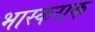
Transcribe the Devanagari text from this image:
भास्कराक